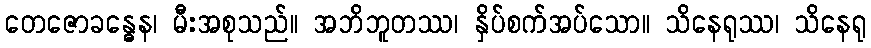
တေဇောခန္ဓေန၊ မီးအစုသည်။ အဘိဘူတဿ၊ နှိပ်စက်အပ်သော။ သိနေရုဿ၊ သိနေရု